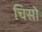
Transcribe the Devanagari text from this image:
चिसो